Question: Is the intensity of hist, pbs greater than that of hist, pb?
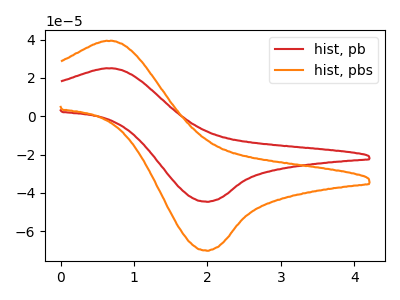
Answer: <think>The red curve "hist, pb" has an anodic peak at (0.65V, 24.95uA) and a cathodic peak at (2.00V, -44.65uA). The orange curve "hist, pbs" has an anodic peak at (0.65V, 39.25uA) and a cathodic peak at (2.00V, -70.20uA).
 All the peaks in "hist, pbs" have a peak in "hist, pb" at the same potential. Every peak in "hist, pbs" is higher than every peak in "hist, pb".</think>
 <answer>"hist, pbs" has more signal than "hist, pb".</answer>
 <eval>more_signal</eval>